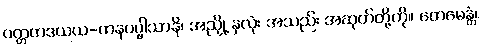
ဝတ္တတဒယယ-ကနပပ္ဖါသာနိ၊ အညှို့ နှလုံး အသည်း အဆုတ်တို့ကို။ တေမေန္တံ၊